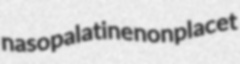
nasopalatine nonplacet